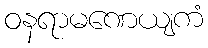
ဝနရာမဏေယျကံ